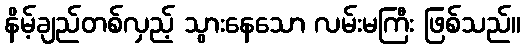
နိမ့်ချည်တစ်လှည့် သွားနေသော လမ်းမကြီး ဖြစ်သည်။